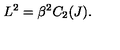
L ^ { 2 } = \beta ^ { 2 } C _ { 2 } ( J ) .